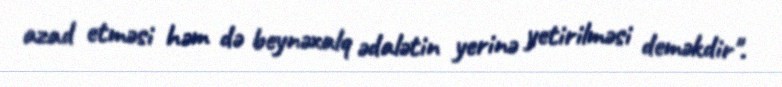
azad etməsi həm də beynəxalq ədalətin yerinə yetirilməsi deməkdir".